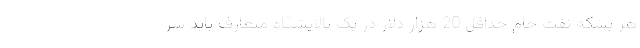
هر بشکه نفت خام حداقل 20 هزار دلار در یک پالایشگاه متعارف باید سر